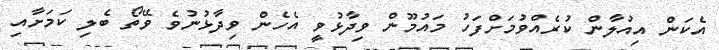
އެކަން އިއުލާން ކުރެއްވުމަށްފަހު މައުމޫން ވިދާޅުވީ އެހެން ވިދާޅުނުވެ ވޭތޯ ބެލި ކަމަށާއި